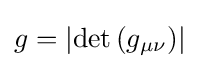
g=\left|\det \left(g_{\mu \nu }\right)\right|